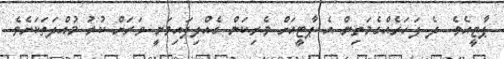
ޕާޓީއެވެ. ދެ ފަހަރެއްގެމަތިން އެ ޕާޓީއަށް ވެރިކަން ގެއްލިފައިވަނީ ވަރަށް ކުރު މުއްދަތަކަށެވެ.